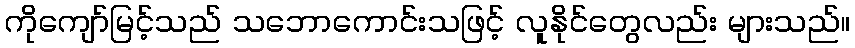
ကိုကျော်မြင့်သည် သဘောကောင်းသဖြင့် လူနိုင်တွေလည်း များသည်။